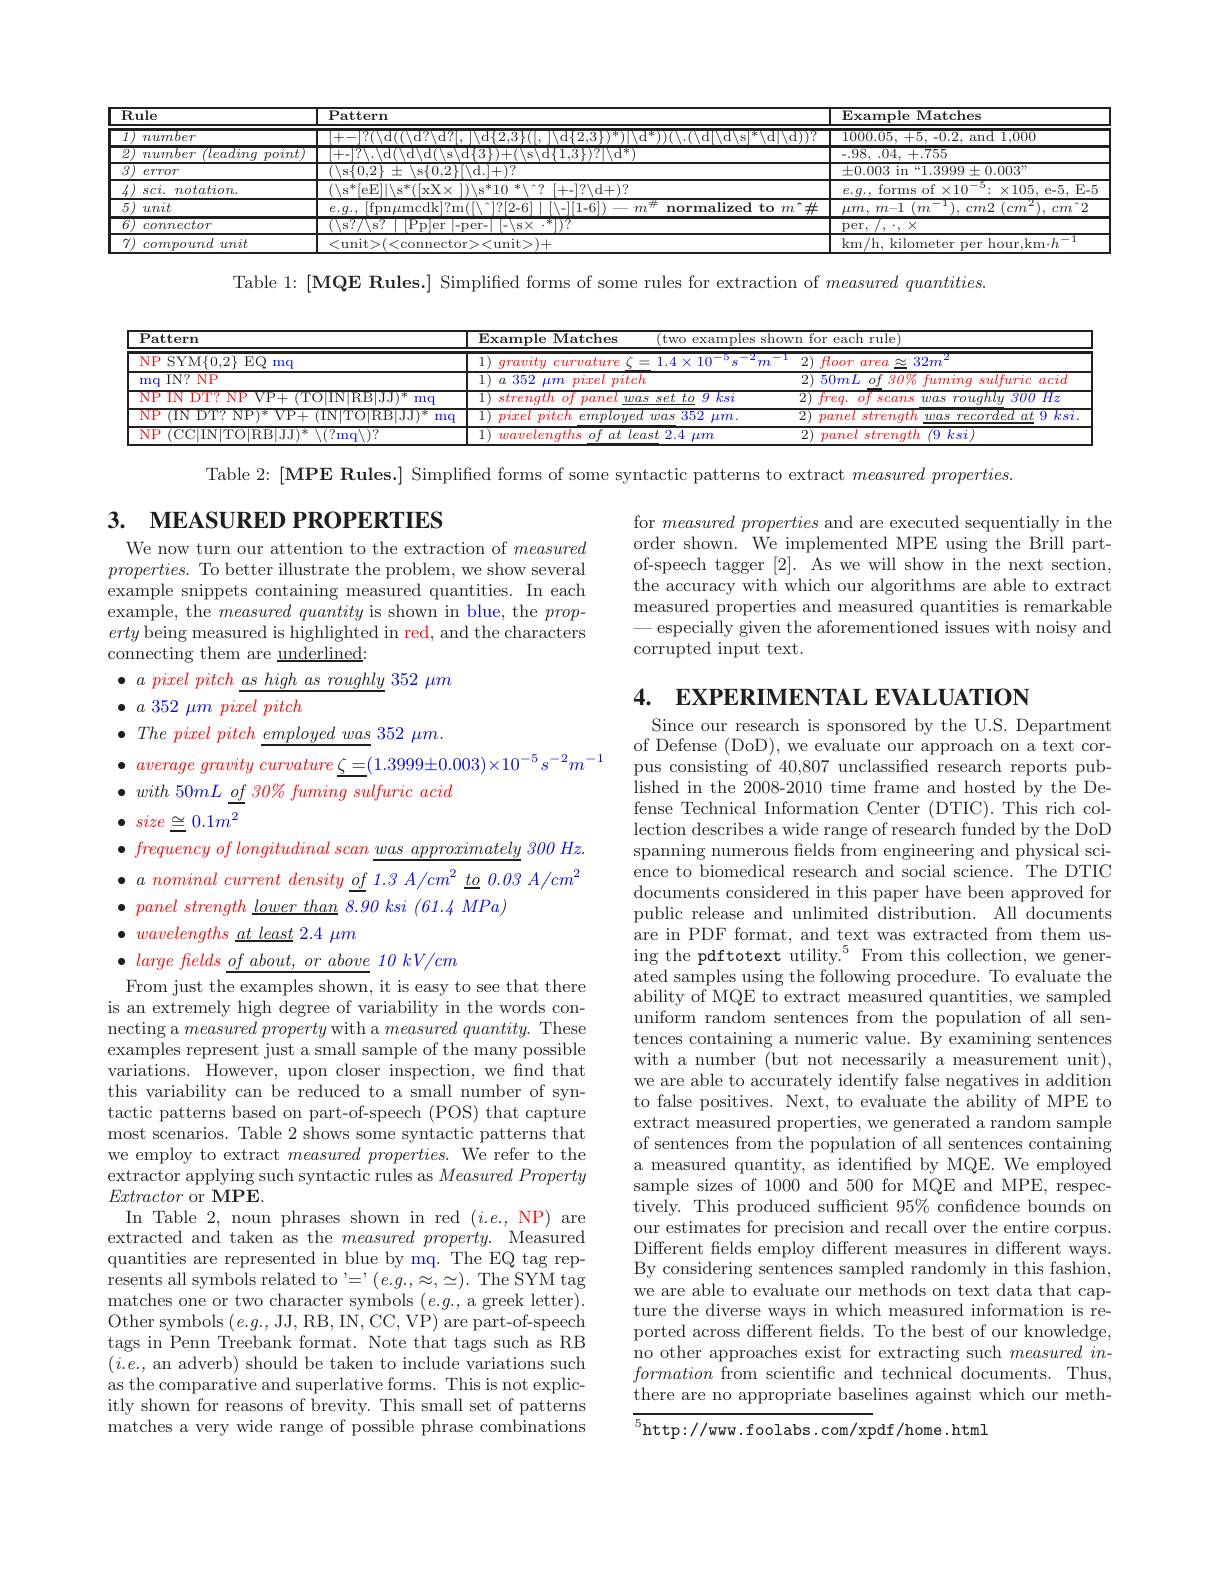
<table>
	<tbody>
		<tr>
			<th>$\overline{\mathbf{R}}$</th>
			<th>$.\mathbf{ule}$</th>
			<th>$\operatorname{Pattern}$</th>
			<th>Example Matches</th>
		</tr>
		<tr>
			<td>$\overline{I}$</td>
			<td>number</td>
			<td> </td>
			<td>1000.05, +5, -0.2, $\varepsilon$ and 1,000</td>
		</tr>
		<tr>
			<td>2</td>
			<td>number $\overline{{leading}}$ point</td>
			<td>$-_{\mathrm{s}}|$YA HITA $\langle s\rangle$d$\{1,3\}$v$|\langle\mathrm d^*\rangle$</td>
			<td>-.98, .04, +.755</td>
		</tr>
		<tr>
			<td>$\overline{3}$</td>
			<td>eTTOT</td>
			<td>$(\setminus$s$\{0,2\}\pm\setminus$s$\{0,2\}[\backslash$d.]+)?</td>
			<td>$\pm0.003$ in “1.3999$\pm0.003”$</td>
		</tr>
		<tr>
			<td>Th</td>
			<td>$sc\dot{i}.$ $notation.$</td>
			<td> 510 $[+-]?\backslash$d+)?</td>
			<td>forms of $\times10^-5:\times105$, e-5, E-5 $e,a$,</td>
		</tr>
		<tr>
			<td>$\overline{5}$</td>
			<td>unit</td>
			<td>normalize to $m^{\prime}$</td>
			<td>$^{1}) $, $cm2$ $( cm^{2}) $, $cm^{ }2$ $\mu m$, $m- 1$ $(m$</td>
		</tr>
		<tr>
			<td>$\overline{6}$</td>
			<td>connector</td>
			<td>187/ $\Lambda s^{\prime}$ Pn|pr $=\Pi e\Upsilon$ $P\backslash s\times\cdot r])?$</td>
			<td>$\operatorname { per} $, /, $\cdot $, $\times$</td>
		</tr>
		<tr>
			<td>7.</td>
			<td>compound unit</td>
			<td>$r_{11}$nit $\langle$unit>$\rangle+$</td>
			<td>km/h, kilometer per hour,km$\cdot h^-1$</td>
		</tr>
	</tbody>
</table>

Table 1: [MQE Rules.] Simplifed forms of some rules for extraction of measured $quantities.$

<table>
	<tbody>
		<tr>
			<th>$\overline{{\mathrm{Pattern}}}$</th>
			<th>$\mathbf{ExampleMatches}$</th>
			<th>ple Matches (two examples s</th>
			<th>$\overline{\mathrm{fo}}$ Wn</th>
			<th>$\overline{{\mathrm{ach~rule}}}$</th>
		</tr>
		<tr>
			<td>$\overline{\mathrm{NP~SYM\{0,2\}~EQ}}$ mq</td>
			<td>11 gravity curvature</td>
			<td>rity curvature 1 $1.4\times10$</td>
			<td>2)</td>
			<td>$7T$ area $32m^{2}$ 2</td>
		</tr>
		<tr>
			<td>$IN?$ $NP$ $mq$</td>
			<td>$a$ 352 $\mu77$ $\boldsymbol{pixel}$ pitc</td>
			<td>$i2$ $\mu m$ $pixel\not pitch$</td>
			<td>2</td>
			<td>${\textit{of 30\%}}$ $\imath L$ fuminqsulfuric cacid</td>
		</tr>
		<tr>
			<td>TN NP $|RR|.T$ mq</td>
			<td>$\mathbf{strength}$ $of$ paret $we$</td>
			<td>ngth lof panel wassetto $g\not k$s$\dot{i}$</td>
			<td>$\overline{2}$</td>
			<td>0 SCans was rouqhly $300Hz$</td>
		</tr>
		<tr>
			<td>KKL $mc$</td>
			<td>$\mathcal{D}\boldsymbol{ixel}$ pitch employe</td>
			<td>pitch employed was 352 $\mu m.$</td>
			<td>$\overline{2}$</td>
			<td>el strenqth was $recorded~at$ 9 ksi</td>
		</tr>
		<tr>
			<td>T</td>
			<td>wavelenaths $of$ $at$ $le$</td>
			<td>$elenqths~of~at~least$ $t.2.4$ $\mu m.$</td>
			<td>2</td>
			<td>$\sqrt{9k\text{s}i}$ elstrenqth</td>
		</tr>
	</tbody>
</table>

Table 2: [MPE Rules.] Simplified forms of some syntactic patterns to extract measured properties.

# 3. MEASURED PROPERTIES

for measured properties and are executed sequentially in the order shown. We implemented MPE using the Brill partof-speech tagger [2]. As we will show in the next section, the accuracy with which our algorithms are able to extract measured properties and measured quantities is remarkable -especially given the aforementioned issues with noisy and corrupted input text.

We now turn our attention to the extraction of measured $properties.$ To better illustrate the problem, we show several example snippets containing measured quantities. In each example, the measuredquantity is shown in blue, the $prop-$ erty being measured is highlighted in red, and the characters connecting them are underlined:
$\bullet$ $a$ pixel pitch $as$ high $as$ roughly 352 $\mu m$
$\bullet a$ 352 $\mu m\textit{ pixel pitch}$
$\bullet$ The pixel pitch employed was 352 $\mu m.$
$\bullet$ $average\textit{ gravity curvature }\zeta = ( 1. 3999\pm 0. 003) \times 10^{- 5}s^{- 2}m^{- 1}$
$\bullet with50mL\_ \underline {of}\textit{30\% fuming sulfuric acid}$
$\bullet$ $size\cong 0. 1m^2$
$\bullet \textit{ frequency of longitudinal scan was approximately 300 Hz}.$ $\bullet a\textit{ nominal current density of 1. 3 }A/ cm^{2}\underline {to}0. 03A/ cm^{2}$ $\bullet \textit{ panel strength lower than 8. 90 ksi ( 61. 4 MPa) }$
$\bullet \textit{ wavelengths at least 2. 4 m}$
$\bullet \textit{ large fields of about, or above 10 kV/ cm}$

4. EXPERIMENTAL EVALUATION
Since our research is sponsored by the U.S. Department of Defense (DoD), we evaluate our approach on a text corpus consisting of 40,807 unclassified research reports published in the 2008- 2010 time frame and hosted $\hat{b}$y the De- fense Technical Information Center (DTIC). This rich collection describes a wide range of research funded by the DoD spanning numerous felds from engineering and physical science to biomedical research and social science. The DTIC documents considered in this paper have been approved for public release and unlimited distribution. All documents are in PDF format, and text was extracted from them using the pdftotext utility.$^{5}$From this collection, we generated samples using the following procedure. To evaluate the ability of MQE to extract measured quantities, we sampled uniform random sentences from the population of all sentences containing a numeric value. By examining sentences with a number (but not necessarily a measurement unit), we are able to accurately identify false negatives in addition to false positives. Next, to evaluate the ability of MPE to extract measured properties, we generated a random sample of sentences from the population of all sentences containing a measured quantity, as identified by MQE. We employed sample sizes of 1000 and 500 for MQE and MPE, respectively. This produced suffcient 95% confidence bounds on our estimates for precision and recall over the entire corpus. Different felds employ different measures in different ways. By considering sentences sampled randomly in this fashion, we are able to evaluate our methods on text data that capture the diverse ways in which measured information is reported across different felds. To the best of our knowledge, no other approaches exist for extracting such measuredinformation from scientific and technical documents. Thus, there are no appropriate baselines against which our meth- ${\overline{{^5}\mathrm{http://www.foolabs.com/xp}}}$df/home.html

From just the examples shown, it is easy to see that there is an extremely high degree of variability in the words connecting a measured property with a $measured\textit{quantity. These}$ examples represent just a small sample of the many possible variations. However, upon closer inspection, we find that this variability can be reduced to a small number of syntactic patterns based on part-of-speech (POS) that capture most scenarios. Table 2 shows some syntactic patterns that we employ to extract measured properties. We refer to the extractor applying such syntactic rules as Measured Property Extractor or MPE
In Table 2, noun phrases shown in red $( i. e. , \textbf{NP})$ are extracted and taken as the $measuredproperty.$ Measured quantities are represented in blue by mq. The EQ tag rep- ${\mathrm{resents~all~symbols~related~to~}},=,(e.g.,\approx,\simeq).{\mathrm{~The~SYM~tag}}$ $\begin{array}{c}\mathrm{matches~one~or~two~character~symbols~}(e.g.,\text{a greek letter}).\\\mathrm{matches~one~or~two~character~symbols~}(e.g.,\text{a greek letter}).\end{array}$ Other symbols $(e.g.$, JJ,RB,IN,CC,VP) are part-of-speech tags in Penn Treebank format. Note that tags such as RB $(i.e.$, an adverb) should be taken to include variations such as the comparative and superlative forms. This is not explicitly shown for reasons of brevity. This small set of patterns matches a very wide range of possible phrase combinations